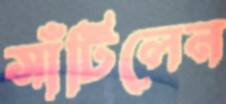
সাঁটিলেন